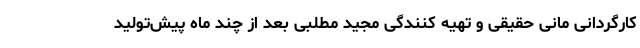
کارگردانی مانی حقیقی و تهیه کنندگی مجید مطلبی بعد از چند ماه پیش‌تولید